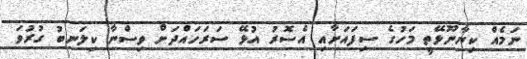
ނަމެއް ކިޔާނޫޅޭތީ މަހުގެ ސިފައަށާއި އެސޮރު އުޅޭ ސަރަހައްދަށް ވިސްނާ ކިލަނބު ގުރުވަ